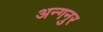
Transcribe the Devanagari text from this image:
अन्गनुर